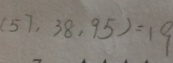
( 5 7 , 3 8 , 9 5 ) = 1 9